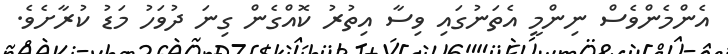
އެންމެންވެސް ނިންމީ އެތަނުގައި ވިސާ އިތުރު ކޮއްގެން ގިނަ ދުވަހު މަޑު ކުރާށެވެ.